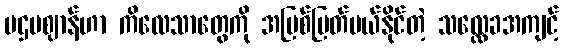
ပဌမဈာန်ဟာ ကိလေသာတွေကို အမြစ်ပြတ်ပယ်နိုင်တဲ့ သလ္လေခအကျင့်